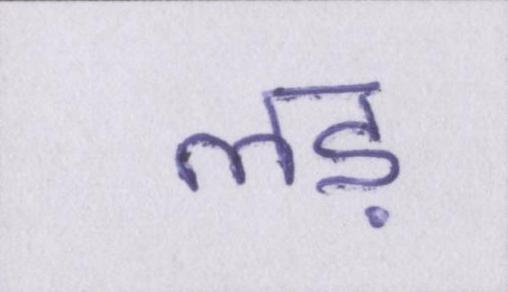
लड़